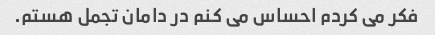
فکر می کردم احساس می کنم در دامان تجمل هستم.